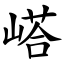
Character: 㟷